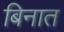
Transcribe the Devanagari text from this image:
बिनात